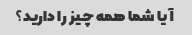
آیا شما همه چیز را دارید؟